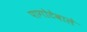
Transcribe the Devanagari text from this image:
पागोटेवाले